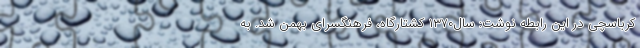
کرباسچی در این رابطه نوشت: سال١٣٧٠ کشتارگاه، فرهنگسرای بهمن شد. به